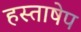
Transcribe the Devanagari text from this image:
हस्ताषेप